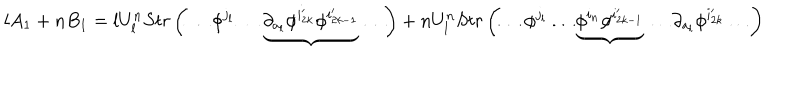
LaTeX: l A _ { 1 } + n B _ { 1 } = l U _ { l } ^ { n } S t r \left( \ldots \phi ^ { j _ { l } } \ldots \underbrace { \partial _ { a _ { l } } \phi ^ { i _ { 2 k } ^ { \prime } } \phi ^ { i _ { 2 k - 1 } ^ { \prime } } } \ldots \right) + n U _ { l } ^ { n } S t r \left( \ldots \phi ^ { j _ { l } } \ldots \underbrace { \phi ^ { i _ { n } } \phi ^ { i _ { 2 k - 1 } ^ { \prime } } } \ldots \partial _ { a _ { l } } \phi ^ { i _ { 2 k } ^ { \prime } } \ldots \right)